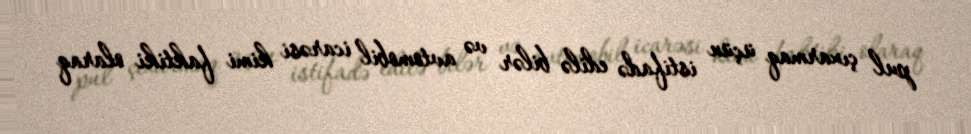
pul çıxarmaq üçün istifadə edilə bilər və avtomobil icarəsi kimi faktiki olaraq